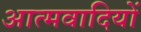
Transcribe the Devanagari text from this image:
आत्मवादियों